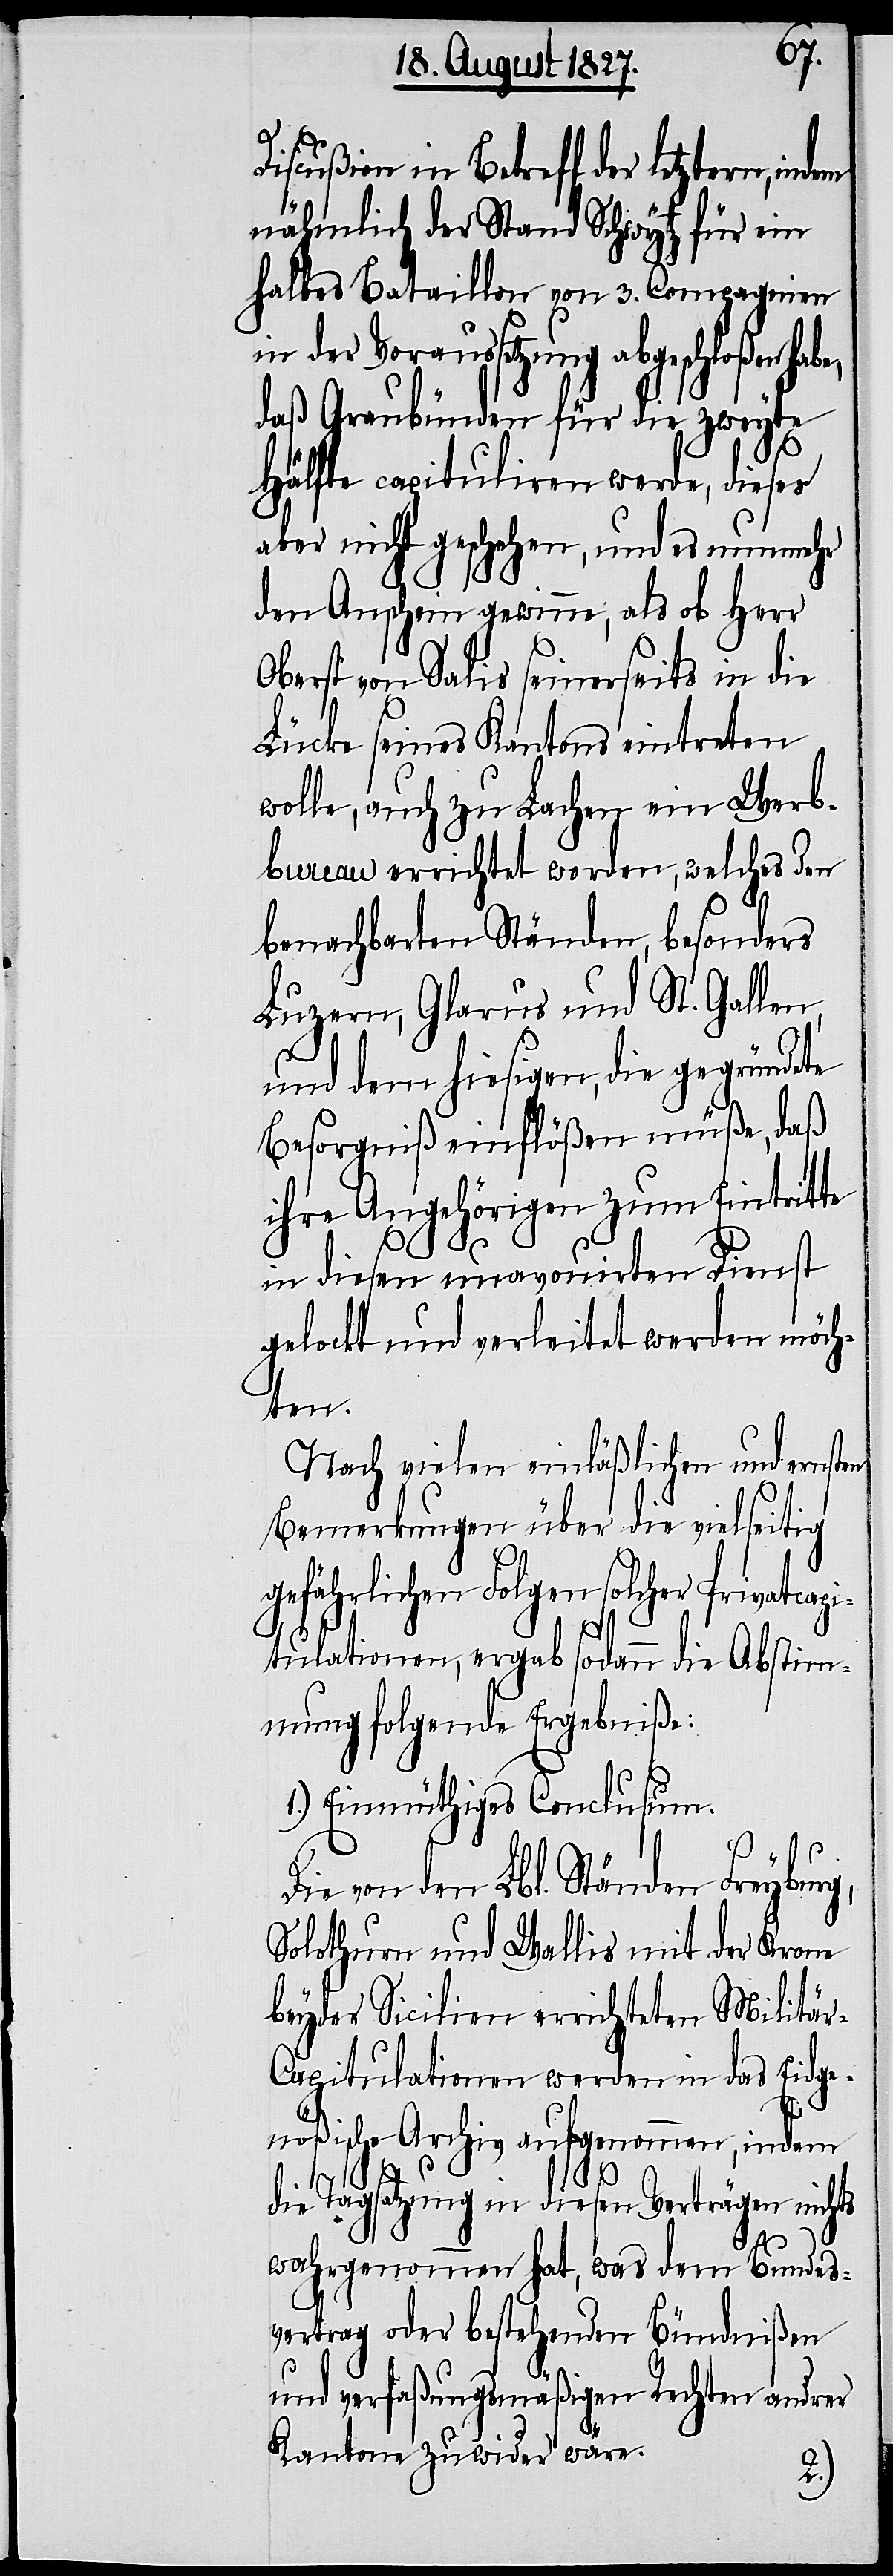
Discußion in Betreff der letztern,
nämlich der Stand Schwytz für ein
halbes Bataillon von 3. Compagnien
in der Voraussetzung abgeschloßen h¬
daß Graubünden für die zweyte
Hälfte capituliren werde, dieses
aber nicht geschehen, und es nunmehr
den Anschein gewinne, als ob Herr
Oberst von Salis seinerseits in die
Lücke seines Kantons eintreten
wolle, auch zu Lachen ein Werb¬
bureau errichtet worden, welches den
benachbarten Ständen, besonders
Luzern, Glarus und St. Gallen,
und dem hiesigen, die gegründete
Besorgniß einflößen müße, daß
ihre Angehörigen zum Eintritte
in diesen unavouirten Dienst
gelockt und verleitet werden möch¬
ten.
Nach vielen einläßlichen und ernsten
Bemerkungen über die vielseitig
gefährlichen Folgen solcher Privatcapi¬
tulationen, ergab sodann die Abstim¬
mung folgende Ergebniße:
1.) Einmüthiges Conclusum.
Die von den Lbl. Ständen Freyburg,
Solothurn und Wallis mit der Krone
beyder Sicilien errichteten Militä¬
r-Capitulationen werden in das Eidge¬
nößische Archiv aufgenommen, indem
die Tagsatzung in diesen Verträgen nichts
wahrgenommen hat, was dem Bundes¬
vertrag oder bestehenden Bündnißen
und verfaßungsmäßigen Rechten andrer
Kantone zuwider wäre,
abe,